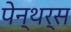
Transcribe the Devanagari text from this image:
पेन्थर्स